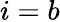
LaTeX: i=b